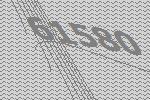
61580